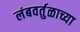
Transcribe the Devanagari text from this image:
लंबवर्तुळाच्या